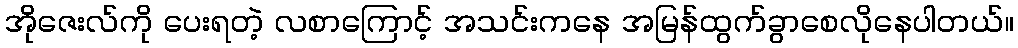
အိုဇေးလ်ကို ပေးရတဲ့ လစာကြောင့် အသင်းကနေ အမြန်ထွက်ခွာစေလိုနေပါတယ်။